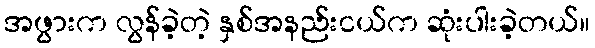
အဖွားက လွန်ခဲ့တဲ့ နှစ်အနည်းငယ်က ဆုံးပါးခဲ့တယ်။